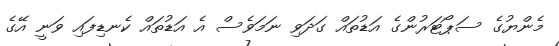
މެންޔުގެ ސަޕޯޓަރުންގެ އަޑުތައް ގަދަވި ނަމަވެސް އެ އަޑުތައް ކެނޑިފައި ވަނީ އޭގެ